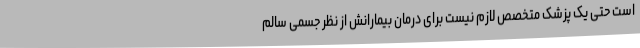
است حتی یک پزشک متخصص لازم نیست برای درمان بیمارانش از نظر جسمی سالم